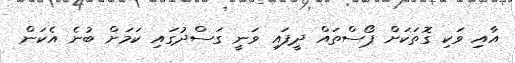
އާއި ވަކި ގޮތަކަށް ޕޯސްތައް ދީފައި ވަނީ ގަސްދުގައި ކަމަށް ބުނެ އެކަން